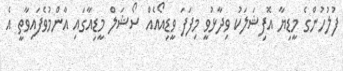
ފުލުހުންގެ މީޑިޔާ އޮފިޝަލަކު ވިދާޅުވީ މިފަފަ ވީޑިއޯއެއް ސޯޝަލް މީޑިއާގައި އާންމުވެފައިވާތީ އެ